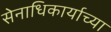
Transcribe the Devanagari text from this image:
सेनाधिकार्याच्या